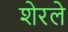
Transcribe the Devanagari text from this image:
शेरले